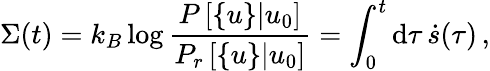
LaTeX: \Sigma(t)=k_{B}\log\frac{P\left[\{ u\} |u_{0}\right]}{P_{r}\left[\{ u\} |u_{0}\right]}=\int_{0}^{t}\mathrm{d}\tau\, \dot{s}(\tau)\, ,